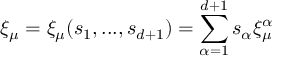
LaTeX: \xi _ { \mu } = \xi _ { \mu } ( s _ { 1 } , . . . , s _ { d + 1 } ) = \sum _ { \alpha = 1 } ^ { d + 1 } s _ { \alpha } \xi _ { \mu } ^ { \alpha }